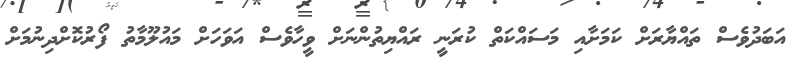
އަބަދުވެސް ތައްޔާރަށް ކަމަށާއި މަސައްކަތް ކުރަނީ ރައްޔިތުންނަށް ވީހާވެސް އަވަހަށް މައުލޫމާތު ފޯރުކޮށްދިނުމަށް